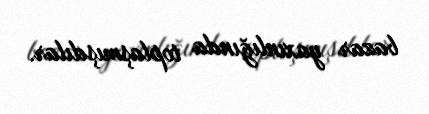
bazar yaxınlığında toplaşmışdılar.